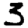
Digit: 3